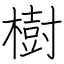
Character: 樹